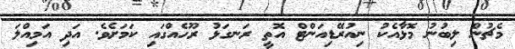
މެޗުން ލިބުނު މޮޅާއެކު ނިއުރޭޑިއަންޓް އޮތީ ރަނގަޅު ރޫހެއްގައި ކަމަށެވެ. އަދި އަމިއްލަ